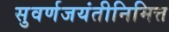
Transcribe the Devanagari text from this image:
सुवर्णजयंतीनिमित्त